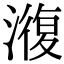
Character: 澓